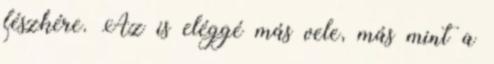
fészkére. Az is eléggé más vele, más mint a